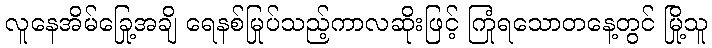
လူနေအိမ်ခြေအချို့ ရေနစ်မြုပ်သည့်ကာလဆိုးဖြင့် ကြုံရသောတနေ့တွင် မြို့သူ